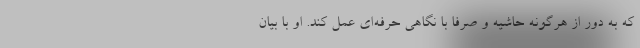
که به دور از هرگونه حاشیه و صرفا با نگاهی حرفه‌ای عمل کند. او با بیان